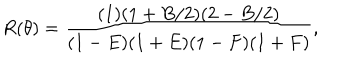
R ( \theta ) = \frac { ( 1 ) ( 1 + B / 2 ) ( 2 - B / 2 ) } { ( 1 - E ) ( 1 + E ) ( 1 - F ) ( 1 + F ) } ,